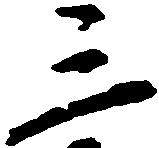
三